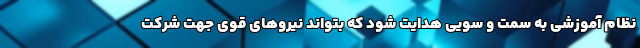
نظام آموزشی به سمت و سویی هدایت شود که بتواند نیرو‌های قوی جهت شرکت